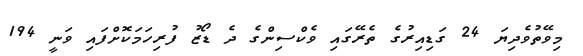
މިވޭތުވެދިޔަ 24 ގަޑިއިރުގެ ތެރޭގައި ވެކްސިންގެ ދެ ޑޯޒު ފުރިހަމަކޮށްފައި ވަނީ 194